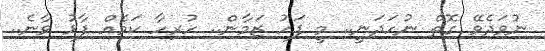
ނުވަދެވޭ ގޮތް ނުހަދަނީ.. މީ ފަހު ޒަމާން.. ހުރިހާ ކަމެއް ފާޅު ވާނެ..